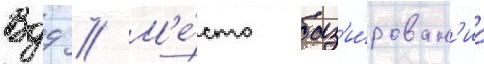
Вдд // М'е́сто баз'и́рован'иа